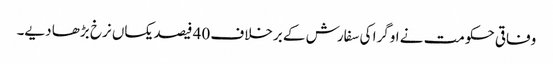
وفاقی حکومت نے اوگرا کی سفارش کے برخلاف 40 فیصد یکساں نرخ بڑھا دیے۔